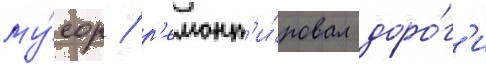
му́сор / р'емонт'и́ровал доро́г'и